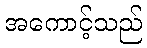
အကောင့်သည်